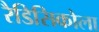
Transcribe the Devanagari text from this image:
रैडिसिकोला